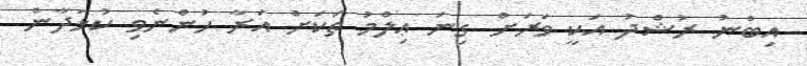
އިބްނު ރުޝްދު އަކީ ވަރަށް ގިނަ ޢިލްމު ތަކަށް އަރާ ހުންނެވި ކުޅަދާން